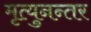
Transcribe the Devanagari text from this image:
मृत्युनन्तर